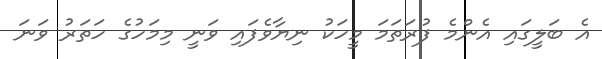
އެ ބަލީގައި އެންމެ ފުރަތަމަ މީހަކު ނިޔާވެފައި ވަނީ މިމަހުގެ ހަތަރު ވަނަ